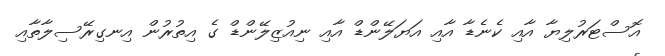
އޮސްޓަރުލިޔާ އާއި ކެނެޑާ އާއި އަޔަލޭންޑް އާއި ނިއުޒިލޭންޑް ގެ އިތުރުން އިނގިރޭސިލާތާއި